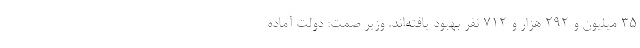
۳۵ میلیون و ۲۹۲ هزار و ۷۱۲ نفر بهبود یافته‌اند. وزیر صمت: دولت آماده